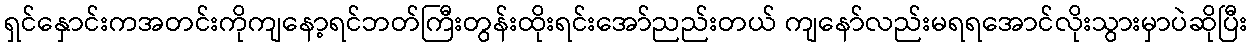
ရှင်နှောင်းကအတင်းကိုကျနော့ရင်ဘတ်ကြီးတွန်းထိုးရင်းအော်ညည်းတယ် ကျနော်လည်းမရရအောင်လိုးသွားမှာပဲဆိုပြီး